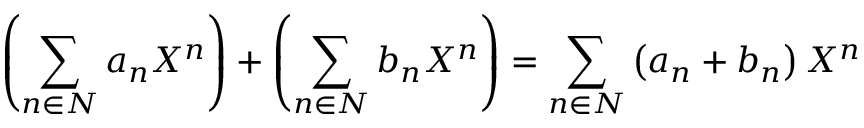
\left( \sum _ { n \in N } a _ { n } X ^ { n } \right) + \left( \sum _ { n \in N } b _ { n } X ^ { n } \right) = \sum _ { n \in N } \left( a _ { n } + b _ { n } \right) X ^ { n }